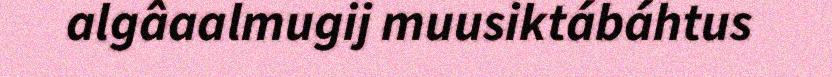
algâaalmugij muusiktábáhtus